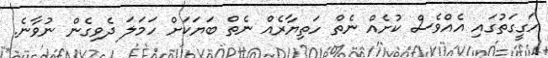
ހަގީގަތުގައި އެއްވެސް ކުށެއް ނެތް ހަތިޔާރެއް ނެތް ބަޔަކަށް ހަމަލަ ދެވިގެން ނުވާނެ.